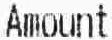
AMOUNT